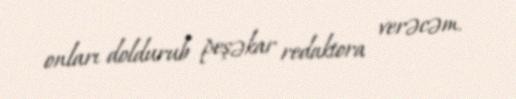
onları doldurub peşəkar redaktora verəcəm.